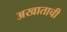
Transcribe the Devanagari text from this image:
अखाताची